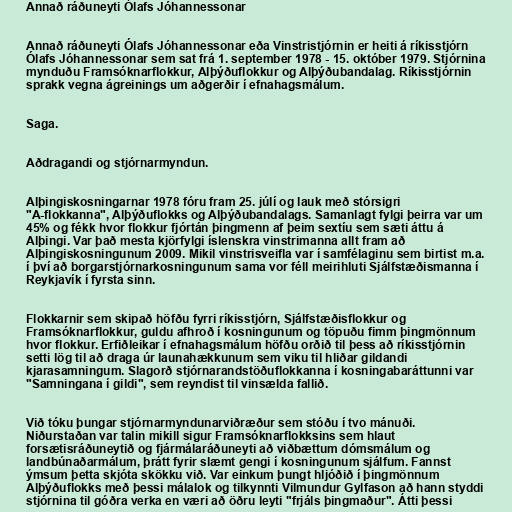
Annað ráðuneyti Ólafs Jóhannessonar

Annað ráðuneyti Ólafs Jóhannessonar eða Vinstristjórnin er heiti á ríkisstjórn
Ólafs Jóhannessonar sem sat frá 1. september 1978 - 15. október 1979. Stjórnina
mynduðu Framsóknarflokkur, Alþýðuflokkur og Alþýðubandalag. Ríkisstjórnin
sprakk vegna ágreinings um aðgerðir í efnahagsmálum.

Saga.

Aðdragandi og stjórnarmyndun.

Alþingiskosningarnar 1978 fóru fram 25. júlí og lauk með stórsigri
"A-flokkanna", Alþýðuflokks og Alþýðubandalags. Samanlagt fylgi þeirra var um
45% og fékk hvor flokkur fjórtán þingmenn af þeim sextíu sem sæti áttu á
Alþingi. Var það mesta kjörfylgi íslenskra vinstrimanna allt fram að
Alþingiskosningunum 2009. Mikil vinstrisveifla var í samfélaginu sem birtist m.a.
í því að borgarstjórnarkosningunum sama vor féll meirihluti Sjálfstæðismanna í
Reykjavík í fyrsta sinn.

Flokkarnir sem skipað höfðu fyrri ríkisstjórn, Sjálfstæðisflokkur og
Framsóknarflokkur, guldu afhroð í kosningunum og töpuðu fimm þingmönnum
hvor flokkur. Erfiðleikar í efnahagsmálum höfðu orðið til þess að ríkisstjórnin
setti lög til að draga úr launahækkunum sem viku til hliðar gildandi
kjarasamningum. Slagorð stjórnarandstöðuflokkanna í kosningabaráttunni var
"Samningana í gildi", sem reyndist til vinsælda fallið.

Við tóku þungar stjórnarmyndunarviðræður sem stóðu í tvo mánuði.
Niðurstaðan var talin mikill sigur Framsóknarflokksins sem hlaut
forsætisráðuneytið og fjármálaráðuneyti að viðbættum dómsmálum og
landbúnaðarmálum, þrátt fyrir slæmt gengi í kosningunum sjálfum. Fannst
ýmsum þetta skjóta skökku við. Var einkum þungt hljóðið í þingmönnum
Alþýðuflokks með þessi málalok og tilkynnti Vilmundur Gylfason að hann styddi
stjórnina til góðra verka en væri að öðru leyti "frjáls þingmaður". Átti þessi